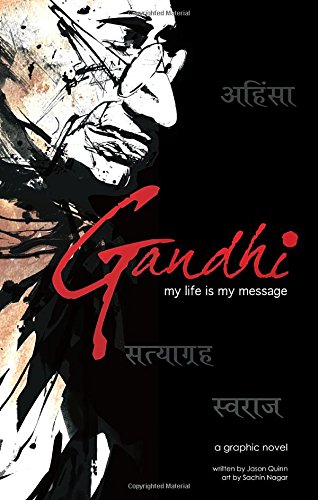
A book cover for Gandhi: My Life is My Message (Campfire Graphic Novels); Jason Quinn; Comics & Graphic Novels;